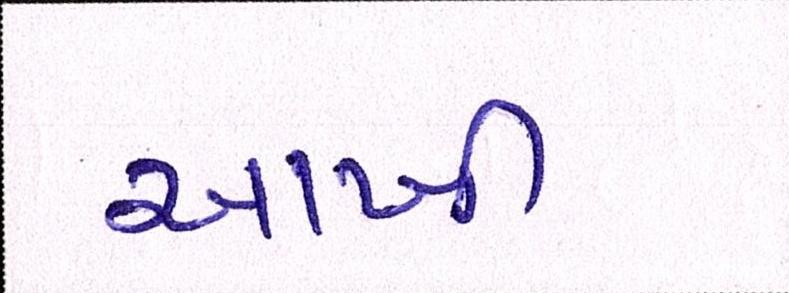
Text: આખી